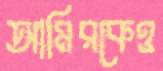
আমিরকেও